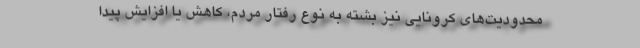
محدودیت‌های کرونایی نیز بشته به نوع رفتار مردم، کاهش یا افزایش پیدا